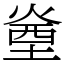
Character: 㷑